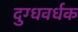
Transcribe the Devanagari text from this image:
दुग्धवर्धक